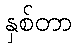
နှစ်တာ